Janeda_(Ambla)_vallavalitsus, lk 20
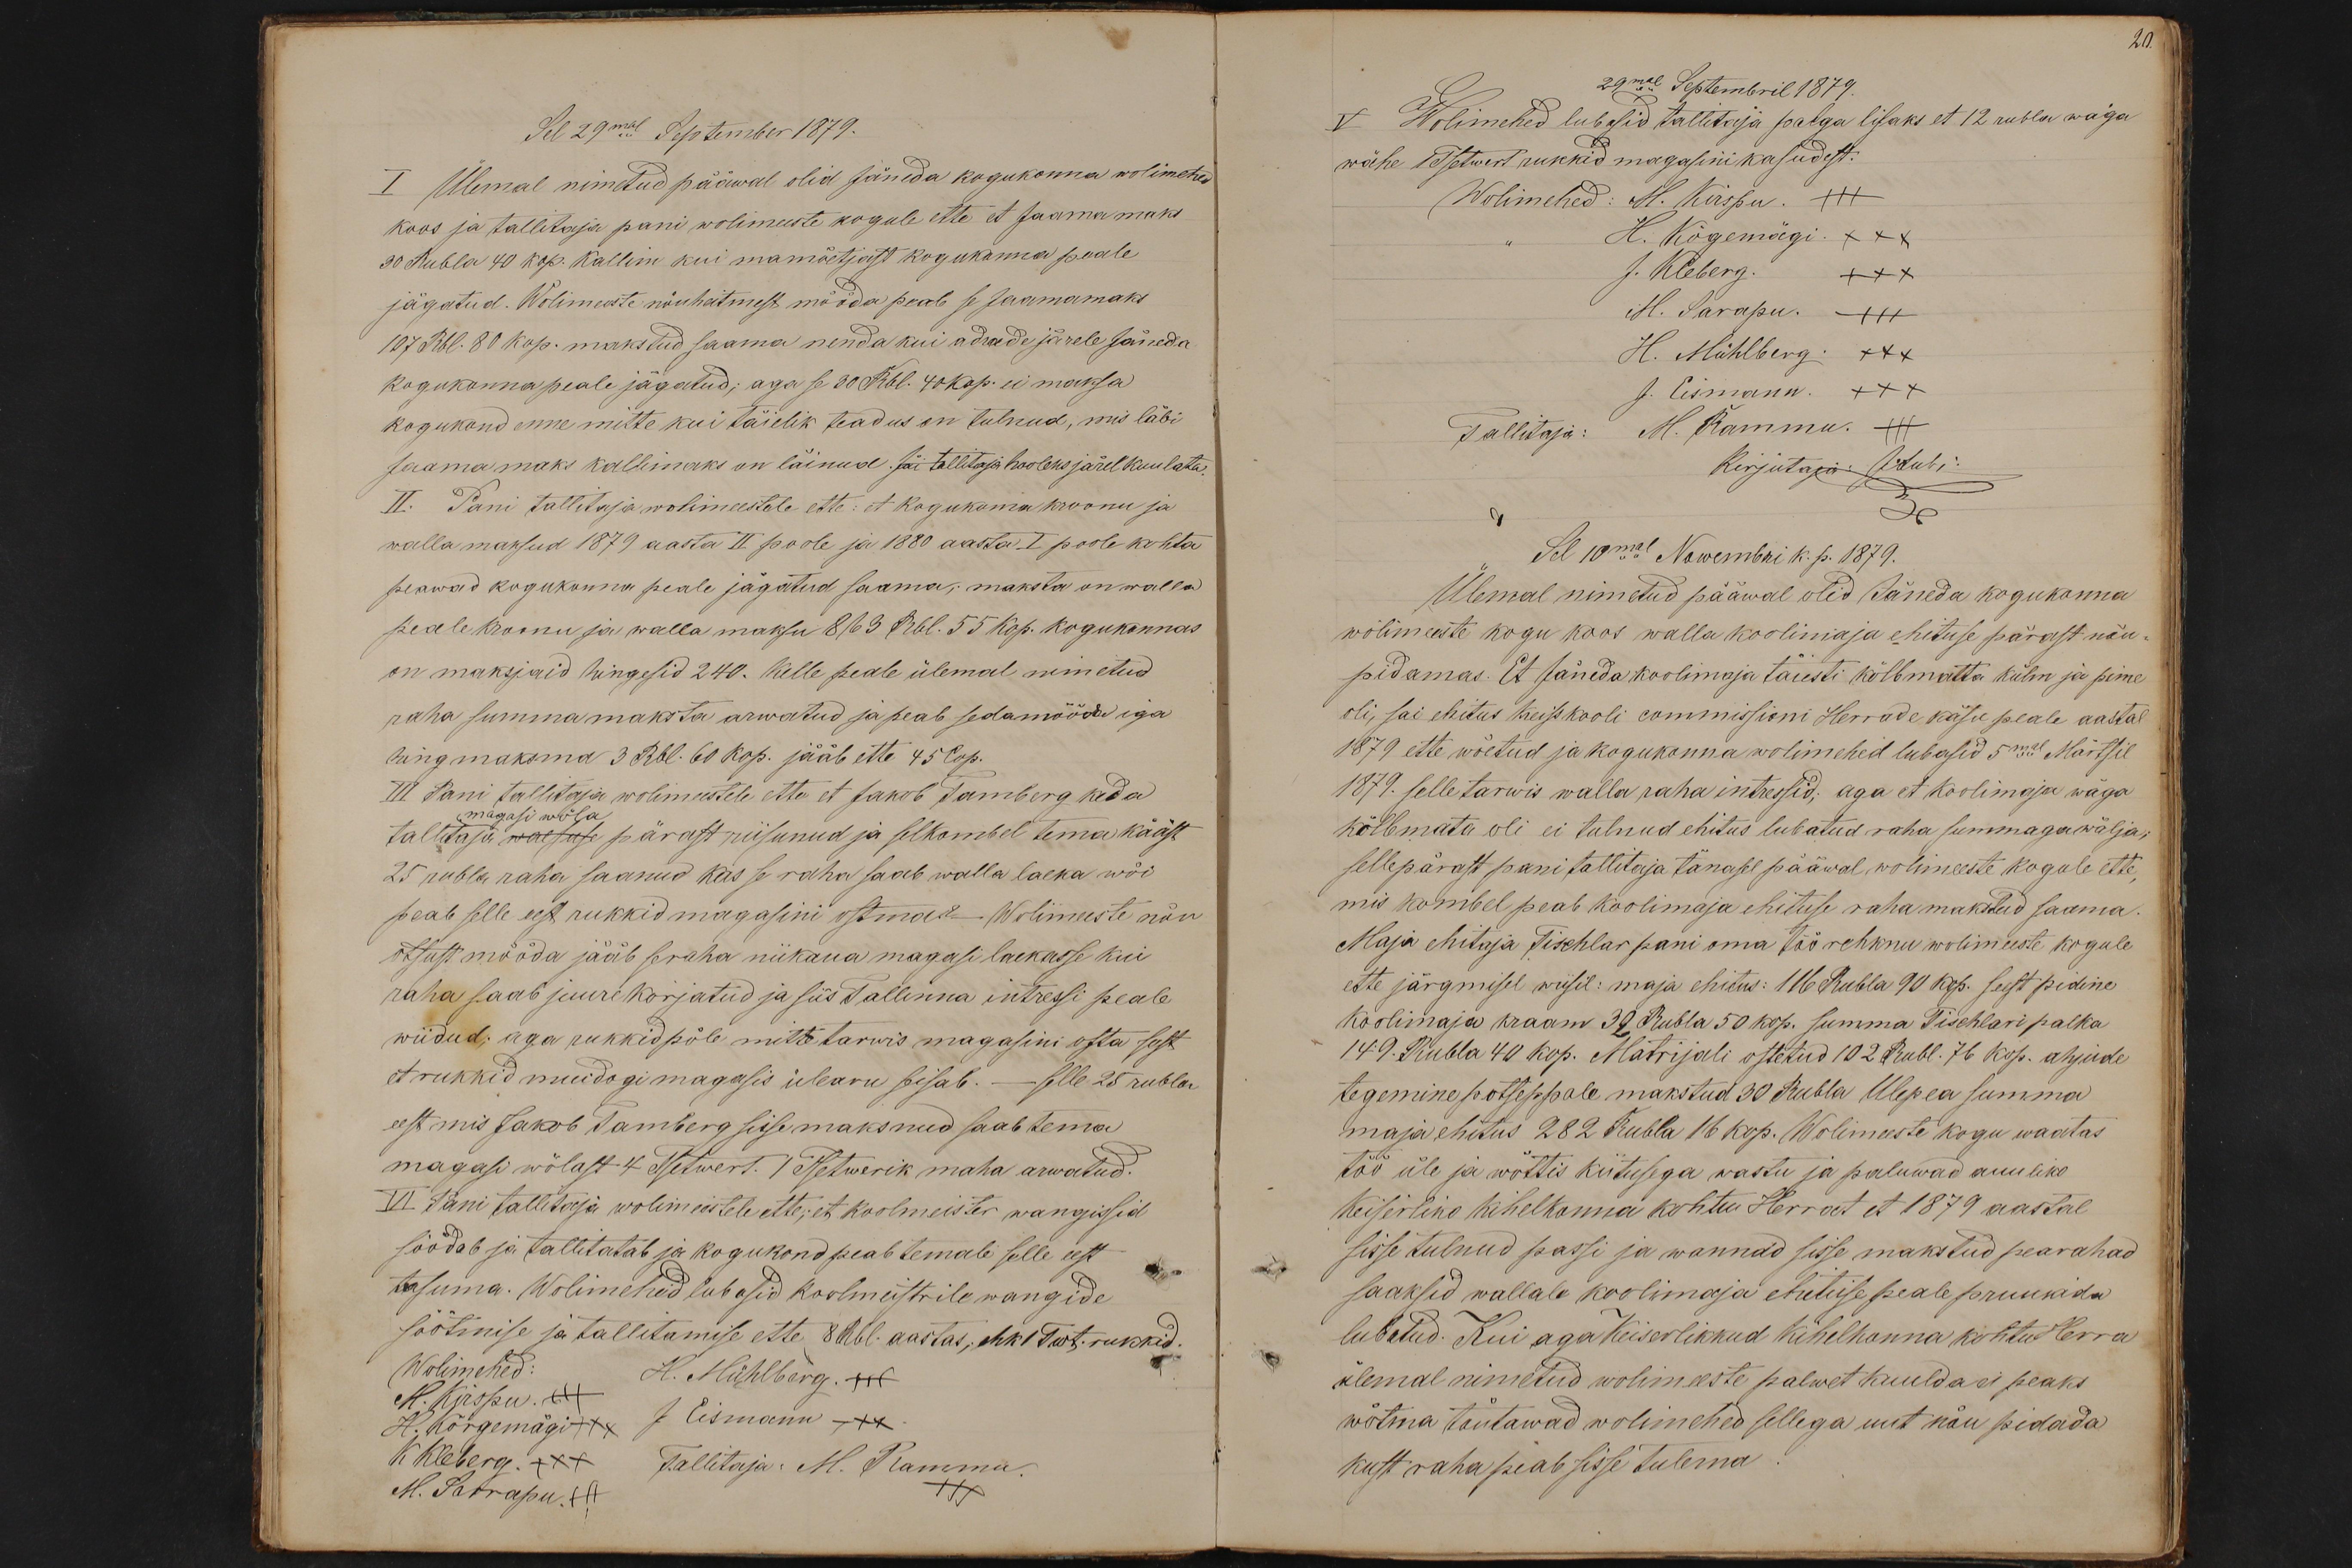
Sel 29mal September 1879.
I Ülemal nimetud pääwal olid Jäneda kogukonna wolimehed
koos ja tallitaja pani wolimeeste kogule ette et Jaamamaks
30 Rubla 40 kop. Kallim kui mamõetjast kogukonna peale
jägatud. Wolimeeste nõuheitmest mööda peab se Jaamamaks
107 Rbl. 80 Kop. makstud saama nenda kui adrade järele Jäneda
kogukonna peale jägatud; aga se 30 Rbl. 40 Kop. ei maksa
kogukond enne mitte kui täielik teadus on tulnud, mis läbi
Jaamamaks kallimaks on läinud. Jäi tallitaja hooleks järel kuulata.
II. Pani tallitaja wolimeestele ette: et kogukonna kroonu ja
walla maksud 1879 aasta II poole ja 1880 aasta I poole kohta
peawad kogukonna peale jägatud saama; maksta on walla
peale kroonu ja walla maksu 863 Rbl. 55 Kop. Kogukonnas
on maksjaid hingesid 240. Kelle peale ülemal nimetud
raha summa maksta arwatud ja peab sedamööda iga
hing maksma 3 Rbl. 60 kop. jääb ette 45 Cop.
III Pani tallitaja wolimeestele ette et Jakob Tamberg keda
magasi wõla
tallitaja waesuse pärast riisunud ja selkombel tema kääst
25 rubla raha saanud kas se raha saab walla laeka wõi
peab selle eest rukkid magasini ostma? - Wolimeeste nõu
otsust mööda jääb seraha niikaua magasi laekasse kui
raha saab juure korjatud ja siis Tallinna intressi peale
wiidud; aga rukkid põle mitte tarwis magasini osta sest
et rukkid muidogi magasis ülearu seisab. - selle 25 rubla
eest mis Jakob Tamberg sisse maksnud saab tema
magasi wõlast 4. Tsetwert. 1. Tsetwerik maha arwatud.
VI Pani tallitaja wolimeestele ette; et koolmeister wangissid
söödab ja tallitatab ja kogukond peab temale selle eest
tasuma. Wolimehed lubasid koolmeistrile wangide
söötmise ja tallitamise ette 8 Rbl. aastas, ehk 1 Twt. rukkid.
Wolimehed:
M. Kirspu. +++
H. Mühlberg. +++
H. Kõrgemägi XXX
J Eismann XXX
K Kleberg XXX
Tallitaja: M. Rammu.
M. Sarrapu. +++
xxx

20.
29mal Septembril 1879.
V Wolimehed lubasid tallitaja palga lisaks et 12 rubla wäga
wähe 1 Tsetwert rukkid magasini kasudest.
Wolimehed: M. Kirspu. +++
H. Kõgemägi XXX
J. Kleberg XXX
M. Sarapu. +++
H. Mühlberg XXX
J. Eismann XXX
Tallitaja: M. Rammu. +++
Kirjutaja: J.Lubi.
Sel 10mal Nowembri k. p. 1879.
Ülemal nimetud pääwal olid Jäneda kogukonna
wolimeeste kogu koos walla koolimaja ehituse pärast nõu-
pidamas. Et Jäneda koolimaja täiesti kõlbmatta külm ja pime
oli, sai ehitus Kreisskooli commissioni Herrade käsu peale aastal
1879 ette wõetud ja kogukonna wolimehed lubasid 5mal Märtsil
1879. selle tarwis walla raha intressid; aga et koolimaja wäga
kõlbmata oli ei tulnud ehitus lubatud raha summaga wälja
sellepärast pani tallitaja tänase pääwal wolimeeste kogule ette
mis kombel peab koolimaja ehituse raha makstud saama
Maja ehitaja Tischlar pani oma töö rehknu wolimeeste kogule
ette järgmisel wiisil: maja ehitus: 116 Rubla 90 kop. seest pidine
koolimaja kraam 32 Rubla 50 kop. summa Tischlari palka
149. Rubla 40 kop. Matrijali ostetud 102 Rubl. 76 Kop. ahjude
tegemine postseppale makstud 30 Rubla Ulepea summa
maja ehitus 282 Rubla 16 kop. Wolimeeste kogu waatas
töö üle ja wõttis kiitusega wastu ja paluwad auuliko
Keiserliko kihelkonna kohtu Herrat et 1879 aastal
sisse tulnud passi ja wannad sisse makstud pearahad
saaksid wallale koolimaja ehituse peale pruukida
lubatud. Kui aga Keiserlikkud Kihelkonna kohtu Herra
ülemal nimetud wolimeeste palwet kuulda ei peaks
wõtma tõutawad wolimehed sellega uut nõu pidada
kust raha piab sisse tulema